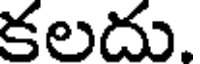
కలదు.